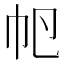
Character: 𢁡